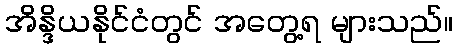
အိန္ဒိယနိုင်ငံတွင် အတွေ့ရ များသည်။